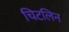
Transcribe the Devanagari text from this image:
चिटलिन